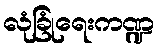
လုံခြုံရေးကဏ္ဍ